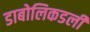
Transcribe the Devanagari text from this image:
डाबोलिकडली